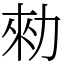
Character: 勑